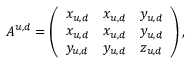
A ^ { u , d } = \left( \begin{array} { c c c } { { x _ { u , d } } } & { { x _ { u , d } } } & { { y _ { u , d } } } \\ { { x _ { u , d } } } & { { x _ { u , d } } } & { { y _ { u , d } } } \\ { { y _ { u , d } } } & { { y _ { u , d } } } & { { z _ { u , d } } } \end{array} \right) ,